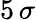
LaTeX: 5\, \sigma